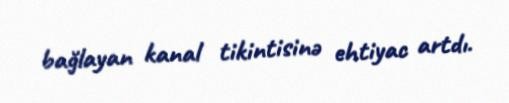
bağlayan kanal tikintisinə ehtiyac artdı.